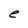
Character: e